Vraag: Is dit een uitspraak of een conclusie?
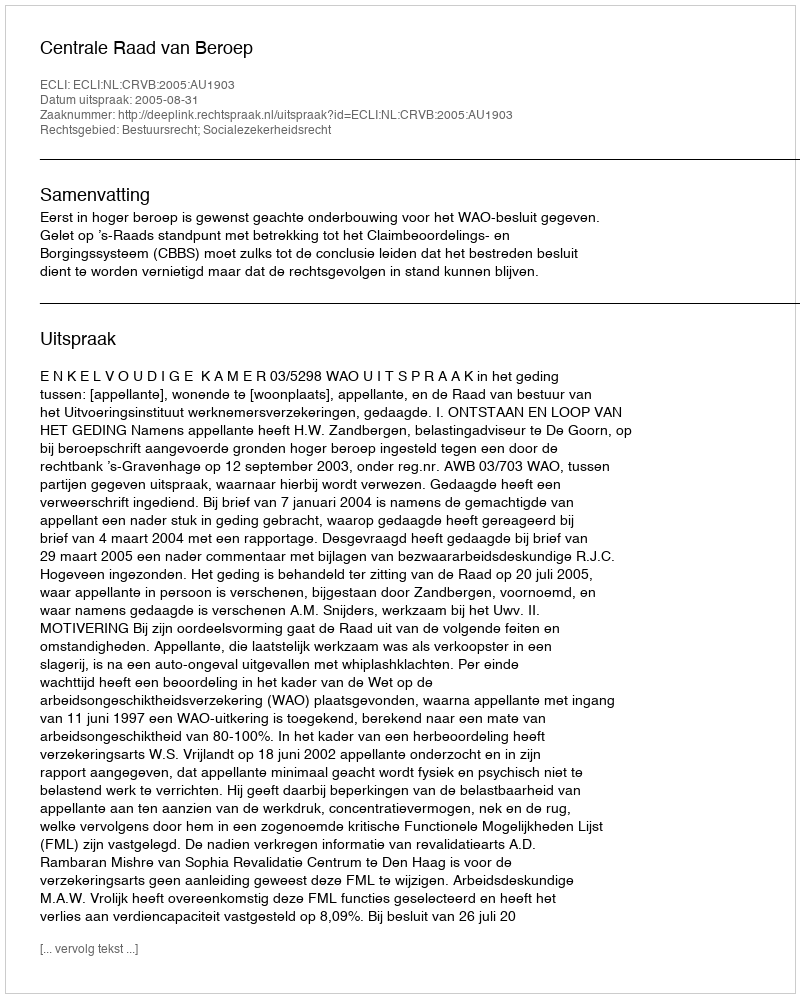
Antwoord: Uitspraak